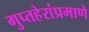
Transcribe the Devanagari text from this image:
गुप्तहेरांप्रमाणे